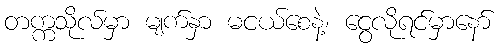
တက္ကသိုလ်မှာ မျက်နှာ မငယ်စေနဲ့၊ ငွေလိုရင်မှာနော်